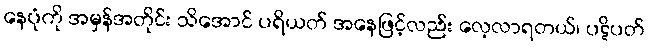
နေပုံကို အမှန်အတိုင်း သိအောင် ပရိယတ် အနေဖြင့်လည်း လေ့လာရတယ်၊ ပဋိပတ်